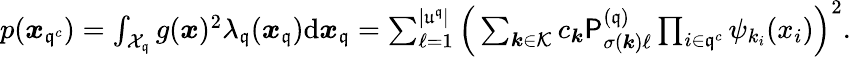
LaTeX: \begin{array}{r}{p({\boldsymbol x}_{{\mathfrak{q}}^{c}})=\int_{\mathcal{X}_{\mathfrak{q}}}g({\boldsymbol x})^{2}\lambda_{\mathfrak{q}}({\boldsymbol x}_{\mathfrak{q}}){\mathrm{d}}{\boldsymbol x}_{\mathfrak{q}}=\sum_{\ell=1}^{|\mathfrak{u}^{\mathfrak{q}}|}\Big(\sum_{{\boldsymbol k}\in\mathcal{K}}c_{{\boldsymbol k}}\mathsf{P}_{\sigma({\boldsymbol k})\ell}^{({\mathfrak{q}})}\prod_{i\in{\mathfrak{q}}^{c}}\psi_{k_{i}}(x_{i})\Big)^{2}.}\end{array}